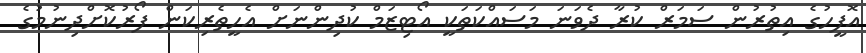
އޮފީހުގެ އިތުރުން ސަމަރް ކުރާ ދެވަނަ މަސައްކަތަކީ އޯޓިޒަމް ކުދިންނަށް އެހީތެރިކަން ފޯރުކޮށްދިނުމުގެ